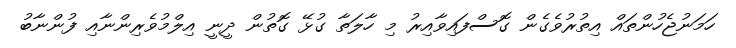
ހަމަނުޖެހުންތައް އިތުރުވެގެން ގޮސްފައިވާއިރު މި ހާލަތާ ގުޅޭ ގޮތުން ދީނީ އިލްމުވެރިންނާއި ފުންނާބު